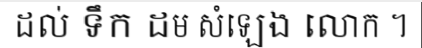
ដល់ ទឹក ដម សំឡេង លោក ។